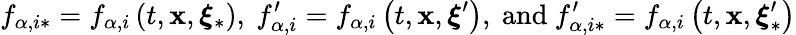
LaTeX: f_{\alpha,i\ast}=f_{\alpha,i}\left(t,\mathbf{x},\boldsymbol{\xi}_{\ast}\right)\mathrm{,~}f_{\alpha,i}^{\prime}=f_{\alpha,i}\left(t,\mathbf{x},\boldsymbol{\xi}^{\prime}\right)\mathrm{,~and~}f_{\alpha,i\ast}^{\prime}=f_{\alpha,i}\left(t,\mathbf{x},\boldsymbol{\xi}_{\ast}^{\prime}\right)